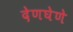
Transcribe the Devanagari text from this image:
देणघेणे